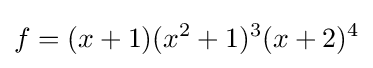
f=(x+1)(x^{2}+1)^{3}(x+2)^{4}